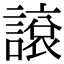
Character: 䜇